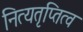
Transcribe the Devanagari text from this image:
नित्यतृप्तित्व